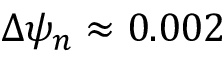
\Delta \psi _ { n } \approx 0 . 0 0 2